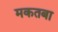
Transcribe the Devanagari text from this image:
मकतबा